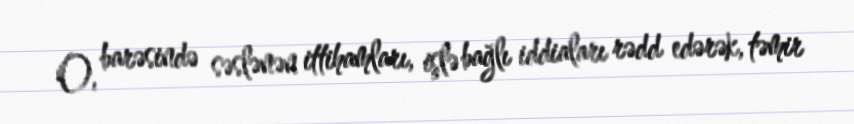
O, barəsində səslənən ittihamları, işlə bağlı iddiaları rədd edərək, təmir